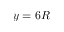
y = 6 R